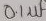
Text: 0,1µf